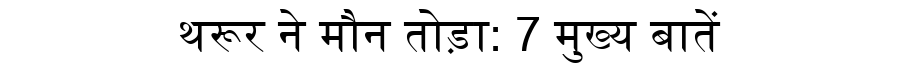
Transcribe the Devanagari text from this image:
थरूर ने मौन तोड़ा: 7 मुख्य बातें